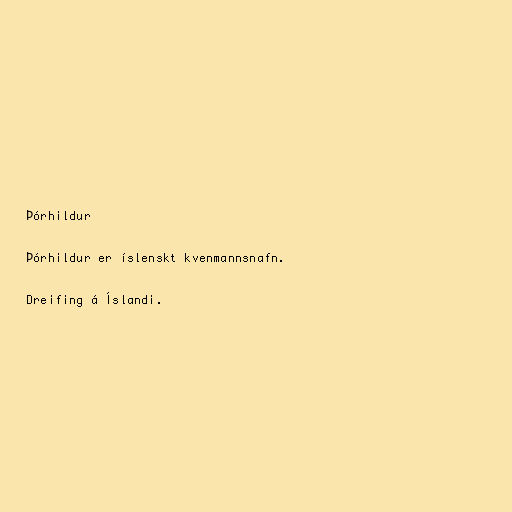
Þórhildur

Þórhildur er íslenskt kvenmannsnafn.

Dreifing á Íslandi.